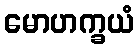
မောဟက္ခယံ